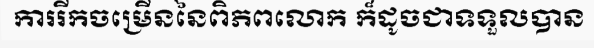
ការរីកចម្រើននៃពិភពលោក ក៏ដូចជាទទួលបាន